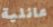
عائلية